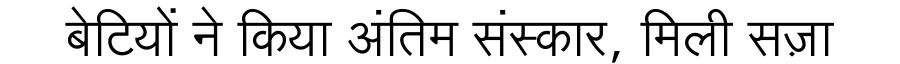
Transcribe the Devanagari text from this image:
बेटियों ने किया अंतिम संस्कार, मिली सज़ा